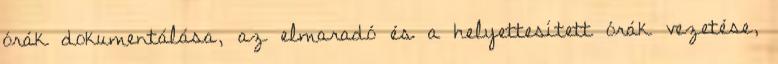
órák dokumentálása, az elmaradó és a helyettesített órák vezetése,